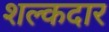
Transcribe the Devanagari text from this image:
शल्कदार